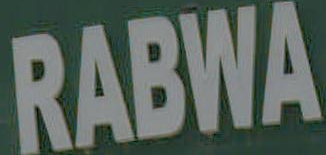
RABWA